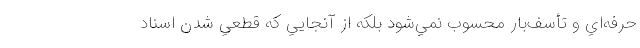
حرفه‌اي و تأسف‌بار محسوب نمي‌شود بلكه از آنجايي كه قطعي شدن اسناد